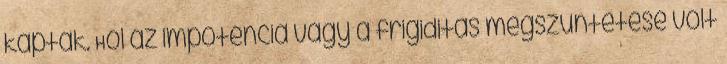
kaptak. Hol az impotencia vagy a frigiditás megszüntetése volt